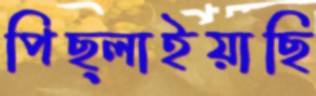
পিছ্‌লাইয়াছি